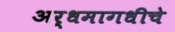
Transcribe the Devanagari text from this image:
अर्धमागधीचे